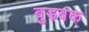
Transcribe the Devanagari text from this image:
बुड़बक